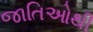
જાતિઓથી